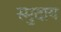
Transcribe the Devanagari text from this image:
स्मुदाय